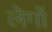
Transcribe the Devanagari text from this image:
लेगों